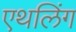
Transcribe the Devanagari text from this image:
एथलिंग